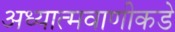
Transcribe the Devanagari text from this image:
अध्यात्मवाणीकडे